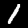
Digit: 1